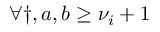
\forall \dag , a , b \geq \nu _ { i } + 1